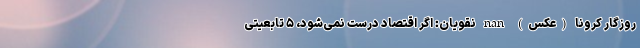
روزگار کرونا (عکس) nan نقویان: اگر اقتصاد درست نمی‌شود، ۵ تابعیتی